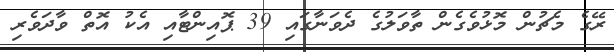
ރޭގެ މެޗުން މޮޅުވެގެން ތާވަލުގެ ދެވަނާގައި 39 ޕޮއިންޓާއި އެކު އޮތް ވާދަވެރި